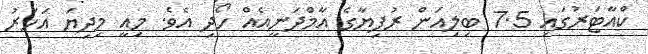
ކްއާޓަރުގައި 7.5 ބިލިއަން ރުފިޔާގެ އާމްދަނީއެއް ހޯދި އެވެ. މިއީ މިދިޔަ އަހަރު